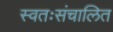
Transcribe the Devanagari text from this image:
स्वतःसंचालित